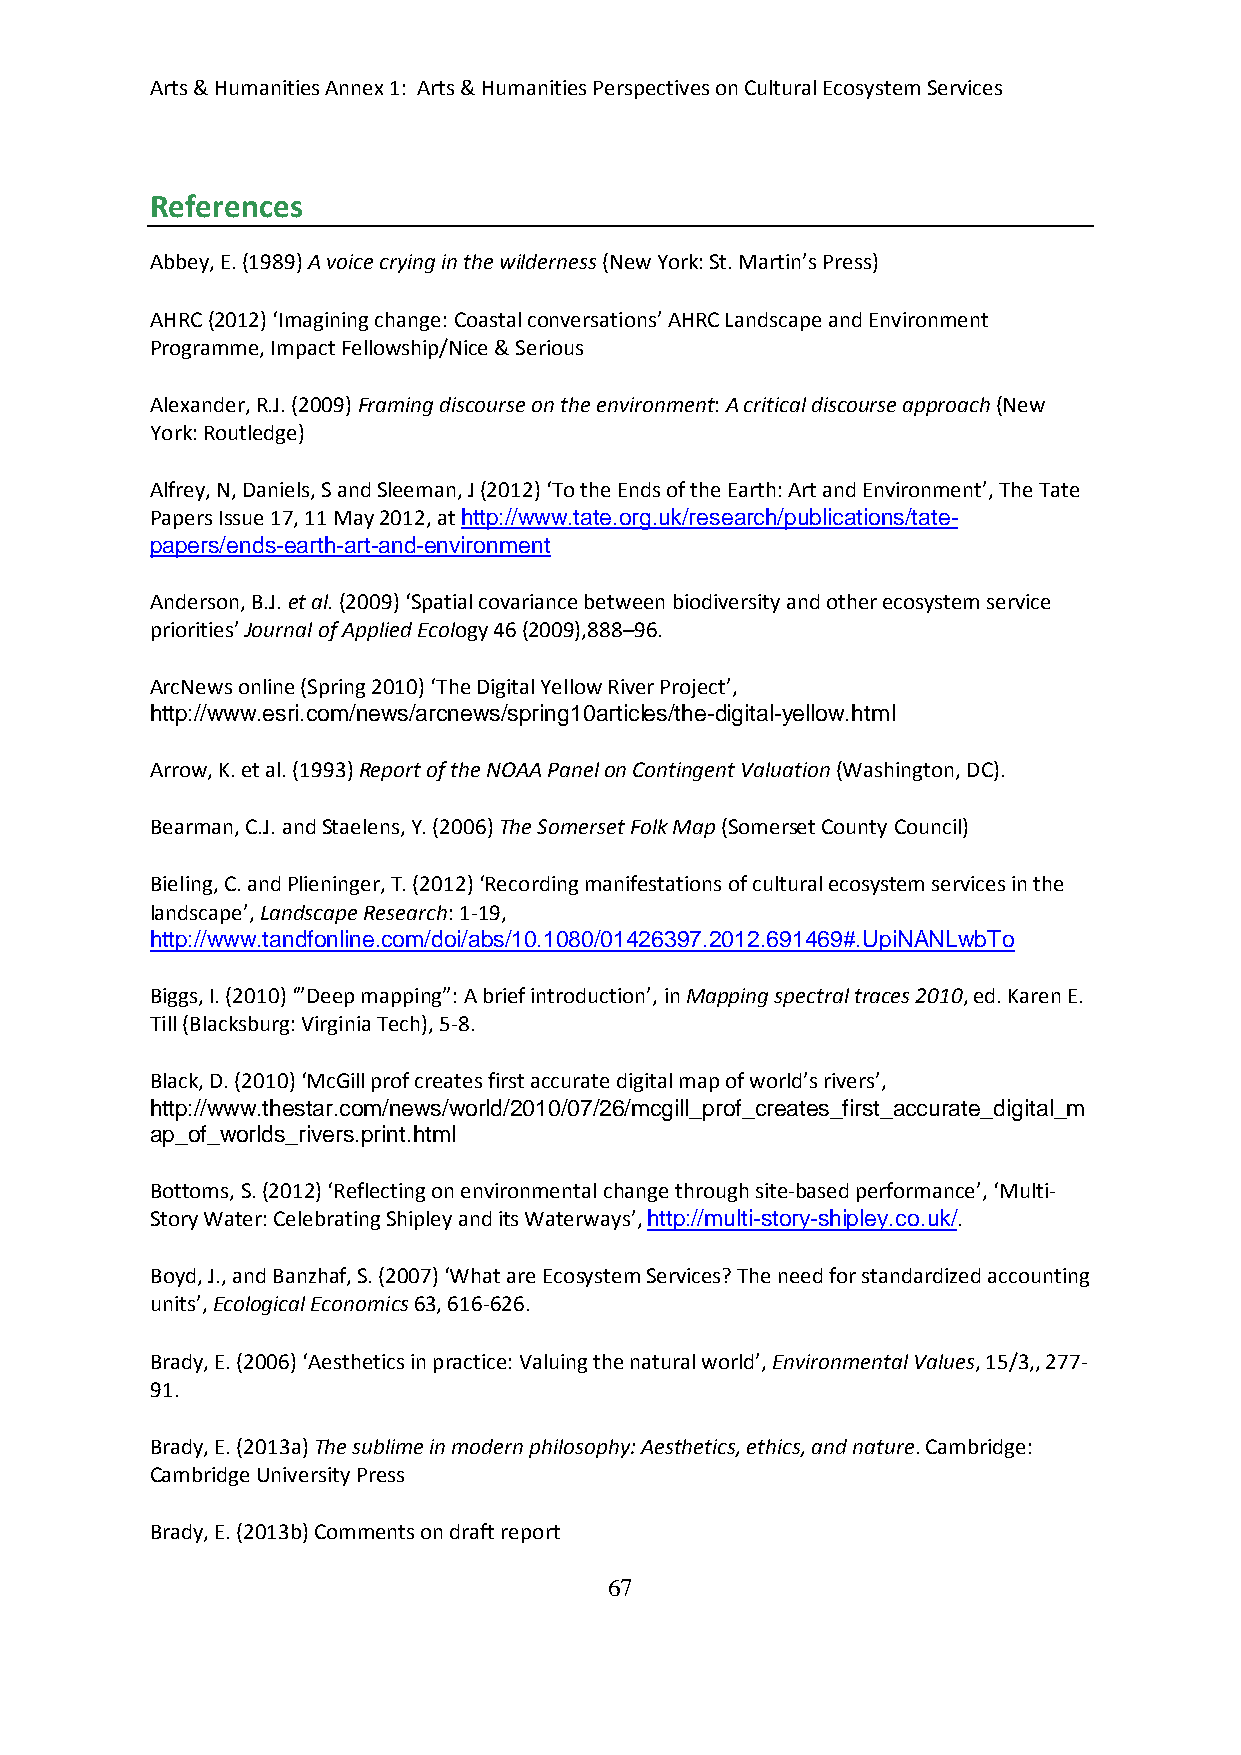
Arts & Humanities Annex 1: Arts & Humanities Perspectives on Cultural Ecosystem Services
 References
 Abbey, E. (1989) A voice crying in the wilderness (New York: St. Martin’s Press)
 AHRC (2012) ‘Imagining change: Coastal conversations’ AHRC Landscape and Environment
 Programme, Impact Fellowship/Nice & Serious
 Alexander, R.J. (2009) Framing discourse on the environment: A critical discourse approach (New
 York: Routledge)
 Alfrey, N, Daniels, S and Sleeman, J (2012) ‘To the Ends of the Earth: Art and Environment’, The Tate
 Papers Issue 17, 11 May 2012, at http://www.tate.org.uk/research/publications/tate-
 papers/ends-earth-art-and-environment
 Anderson, B.J. et al. (2009) ‘Spatial covariance between biodiversity and other ecosystem service
 priorities’ Journal of Applied Ecology 46 (2009),888–96.
 ArcNews online (Spring 2010) ‘The Digital Yellow River Project’,
 http://www.esri.com/news/arcnews/spring10articles/the-digital-yellow.html
 Arrow, K. et al. (1993) Report of the NOAA Panel on Contingent Valuation (Washington, DC).
 Bearman, C.J. and Staelens, Y. (2006) The Somerset Folk Map (Somerset County Council)
 Bieling, C. and Plieninger, T. (2012) ‘Recording manifestations of cultural ecosystem services in the
 landscape’, Landscape Research: 1-19,
 http://www.tandfonline.com/doi/abs/10.1080/01426397.2012.691469#.UpiNANLwbTo
 Biggs, I. (2010) ‘”Deep mapping”: A brief introduction’, in Mapping spectral traces 2010, ed. Karen E.
 Till (Blacksburg: Virginia Tech), 5-8.
 Black, D. (2010) ‘McGill prof creates first accurate digital map of world’s rivers’,
 http://www.thestar.com/news/world/2010/07/26/mcgill_prof_creates_first_accurate_digital_m
 ap_of_worlds_rivers.print.html
 Bottoms, S. (2012) ‘Reflecting on environmental change through site-based performance’, ‘Multi-
 Story Water: Celebrating Shipley and its Waterways’, http://multi-story-shipley.co.uk/.
 Boyd, J., and Banzhaf, S. (2007) ‘What are Ecosystem Services? The need for standardized accounting
 units’, Ecological Economics 63, 616-626.
 Brady, E. (2006) ‘Aesthetics in practice: Valuing the natural world’, Environmental Values, 15/3,, 277-
 91.
 Brady, E. (2013a) The sublime in modern philosophy: Aesthetics, ethics, and nature. Cambridge:
 Cambridge University Press
 Brady, E. (2013b) Comments on draft report
 67